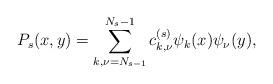
LaTeX: \begin{align*}P_s(x,y)=\sum_{k,\nu=N_{s-1}}^{ N_s-1}c_{k,\nu}^{(s)}\psi_k(x)\psi_\nu(y),\end{align*}